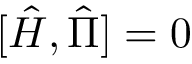
[ \hat { H } , \hat { \Pi } ] = 0